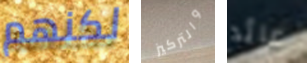
لكنهم والتركيز عائد